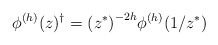
\begin{align*}\phi^{(h)}(z)^\dagger= {(z^{*})}^{-2h} \phi^{(h)}(1/z^{*})\end{align*}